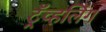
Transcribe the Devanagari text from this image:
ट्रॅव्हलिंग